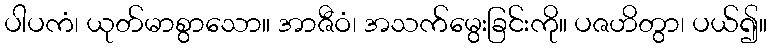
ပါပကံ၊ ယုတ်မာစွာသော။ အာဇီဝံ၊ အသက်မွေးခြင်းကို။ ပဇဟိတွာ၊ ပယ်၍။